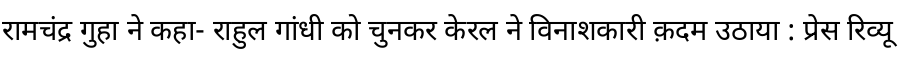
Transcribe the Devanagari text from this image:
रामचंद्र गुहा ने कहा- राहुल गांधी को चुनकर केरल ने विनाशकारी क़दम उठाया : प्रेस रिव्यू